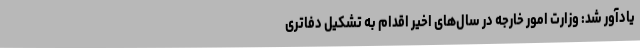
یادآور شد: وزارت امور خارجه در سال‌های اخیر اقدام به تشکیل دفاتری